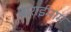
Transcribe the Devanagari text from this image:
बाराईमाम